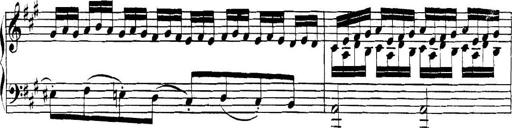
Title: Collected Piano Sonatas
Composer: Muzio Clementi